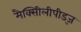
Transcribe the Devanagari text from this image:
मैक्सीिलीपीड्ज़